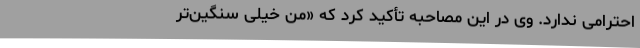
احترامی‌ ندارد. وی‌ در این‌ مصاحبه‌ تأکید کرد که‌ «من‌ خیلی‌ سنگین‌تر